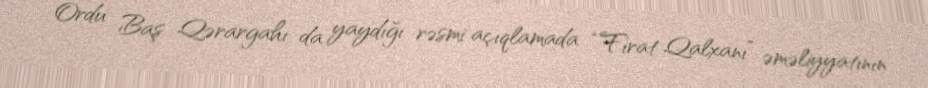
Ordu Baş Qərargahı da yaydığı rəsmi açıqlamada “Fırat Qalxanı” əməliyyatının